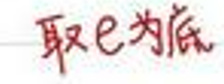
取\(e\)为底